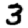
Digit: 3